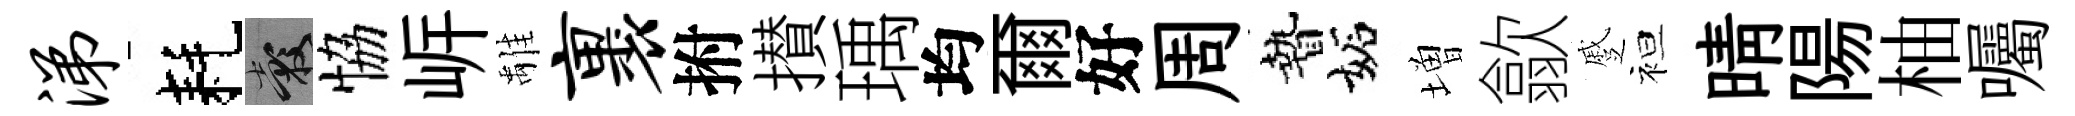
涕耗穀恊㟁𩀌裹拊攅瑀均爾好周贄妬増歙蹙袒晴陽柚囑